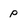
Character: p